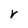
Character: r